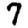
Digit: 7